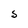
Character: S